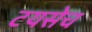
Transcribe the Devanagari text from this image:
टयसेच